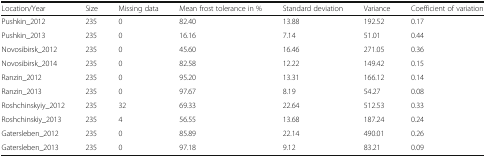
<table><thead><tr><td><b>Location/Year</b></td><td><b>Size</b></td><td><b>Missing data</b></td><td><b>Mean frost tolerance in %</b></td><td><b>Standard deviation</b></td><td><b>Variance</b></td><td><b>Coefficient of variation</b></td></tr></thead><tbody><tr><td>Pushkin_2012</td><td>235</td><td>0</td><td>82.40</td><td>13.88</td><td>192.52</td><td>0.17</td></tr><tr><td>Pushkin_2013</td><td>235</td><td>0</td><td>16.16</td><td>7.14</td><td>51.01</td><td>0.44</td></tr><tr><td>Novosibirsk_2012</td><td>235</td><td>0</td><td>45.60</td><td>16.46</td><td>271.05</td><td>0.36</td></tr><tr><td>Novosibirsk_2014</td><td>235</td><td>0</td><td>82.58</td><td>12.22</td><td>149.42</td><td>0.15</td></tr><tr><td>Ranzin_2012</td><td>235</td><td>0</td><td>95.20</td><td>13.31</td><td>166.12</td><td>0.14</td></tr><tr><td>Ranzin_2013</td><td>235</td><td>0</td><td>97.67</td><td>8.19</td><td>54.27</td><td>0.08</td></tr><tr><td>Roshchinskyiy_2012</td><td>235</td><td>32</td><td>69.33</td><td>22.64</td><td>512.53</td><td>0.33</td></tr><tr><td>Roshchinskiy_2013</td><td>235</td><td>4</td><td>56.55</td><td>13.68</td><td>187.24</td><td>0.24</td></tr><tr><td>Gatersleben_2012</td><td>235</td><td>0</td><td>85.89</td><td>22.14</td><td>490.01</td><td>0.26</td></tr><tr><td>Gatersleben_2013</td><td>235</td><td>0</td><td>97.18</td><td>9.12</td><td>83.21</td><td>0.09</td></tr></tbody></table>